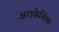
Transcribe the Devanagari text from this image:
अराकेशिया